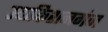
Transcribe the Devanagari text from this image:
उदाकिशनगंज